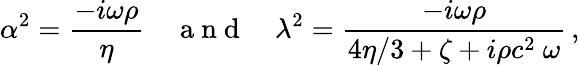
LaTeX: \alpha^{2}=\frac{-i\omega\rho}{\eta}\quad\mathrm{~a~n~d~}\quad\lambda^{2}=\frac{-i\omega\rho}{4\eta/3+\zeta+i\rho c^{2}\ \omega}\, ,